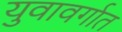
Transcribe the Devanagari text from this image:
युवावर्गात